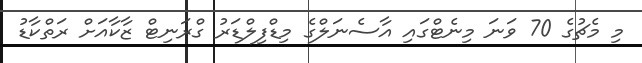
މި މެޗުގެ 70 ވަނަ މިނެޓްގައި އާސެނަލްގެ މިޑްފިލްޑަރު ގްރަނިޓް ޒާކާއަށް ރަތްކާޑު